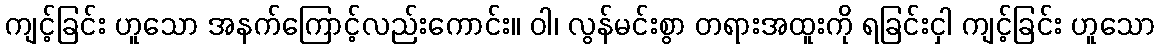
ကျင့်ခြင်း ဟူသော အနက်ကြောင့်လည်းကောင်း။ ဝါ၊ လွန်မင်းစွာ တရားအထူးကို ရခြင်းငှါ ကျင့်ခြင်း ဟူသော